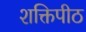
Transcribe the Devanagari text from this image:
शक्तिपीठ